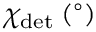
\chi _ { \mathrm { d e t } } \: ( ^ { \circ } )